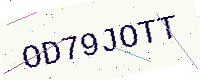
Text: OD79JOTT